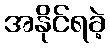
အနိုင်ရခဲ့